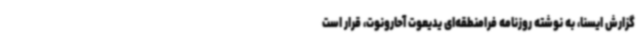
گزارش ایسنا، به نوشته روزنامه فرامنطقه‌ای یدیعوت آحارونوت، قرار است